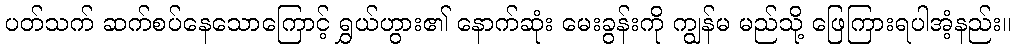
ပတ်သက် ဆက်စပ်နေသောကြောင့် ရွှယ်ဟွား၏ နောက်ဆုံး မေးခွန်းကို ကျွန်မ မည်သို့ ဖြေကြားရပါအံ့နည်း။